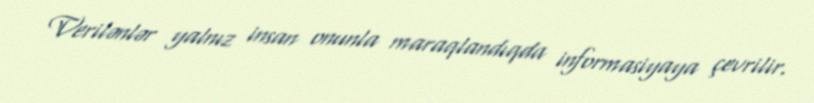
Verilənlər yalnız insan onunla maraqlandıqda informasiyaya çevrilir.